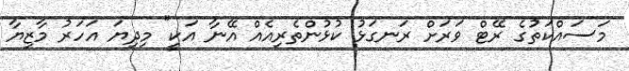
މަސައްކަތުގެ ރޭޓް ވަރަށް ރަނގަޅު ކުޅުންތެރިއެއް އޭނާ އަކީ" މިދިޔަ އަހަރު މާޒިޔާ